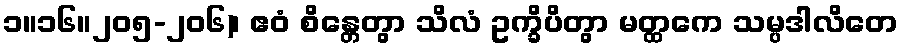
၁။၁၆။၂၀၅-၂၀၆)၊ ဧဝံ စိန္တေတွာ သိလံ ဥက္ခိပိတွာ မတ္ထကေ သမ္ပဒါလိတေ